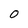
Character: 0